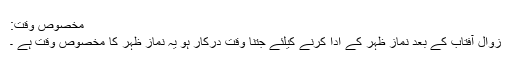
مخصوص وقت:
زوال آفتاب کے بعد نماز ظہر کے ادا کرنے کیلئے جتنا وقت درکار ہو یہ نماز ظہر کا مخصوص وقت ہے ۔